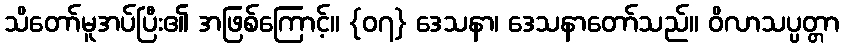
သိတော်မူအပ်ပြီး၏ အဖြစ်ကြောင့်။ {၀၇} ဒေသနာ၊ ဒေသနာတော်သည်။ ဝိလာသပ္ပတ္တာ